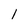
Character: 1